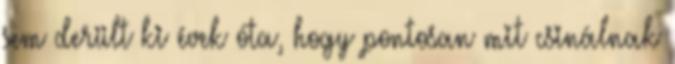
sem derült ki évek óta, hogy pontosan mit csinálnak